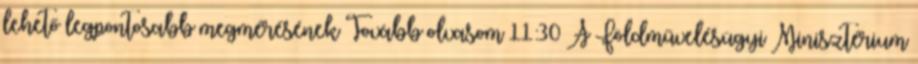
lehető legpontosabb megmérésének Tovább olvasom 11:30 A Földművelésügyi Minisztérium